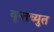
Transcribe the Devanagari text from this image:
वृन्तच्युत